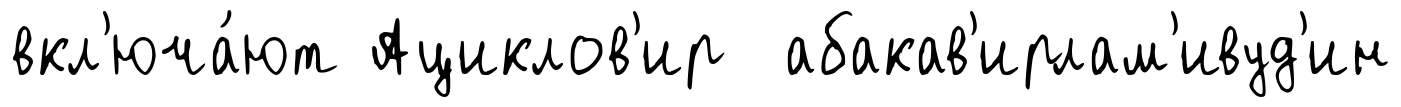
вкл'юча́ют Ациклов'ир абакав'ирлам'ивуд'ин